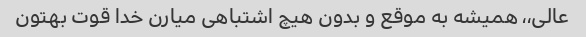
عالی،، همیشه به موقع و بدون هیچ اشتباهی میارن خدا قوت بهتون